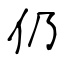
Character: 仍